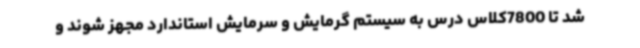
شد تا 7800کلاس درس به سیستم گرمایش و سرمایش استاندارد مجهز شوند و